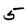
Character: 5